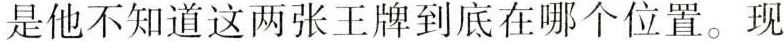
是他不知道这两张王牌到底在哪个位置。现